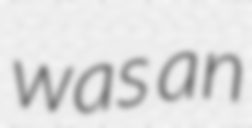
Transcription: was an